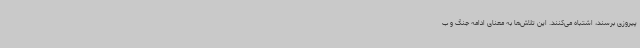
پیروزی برسند، اشتباه می‌کنند. این تلاش‌ها به معنای ادامه‌ جنگ و ب